Lunatic asylums Central Provinces reports 1874-1885 - 1874-1885
Year: 1874
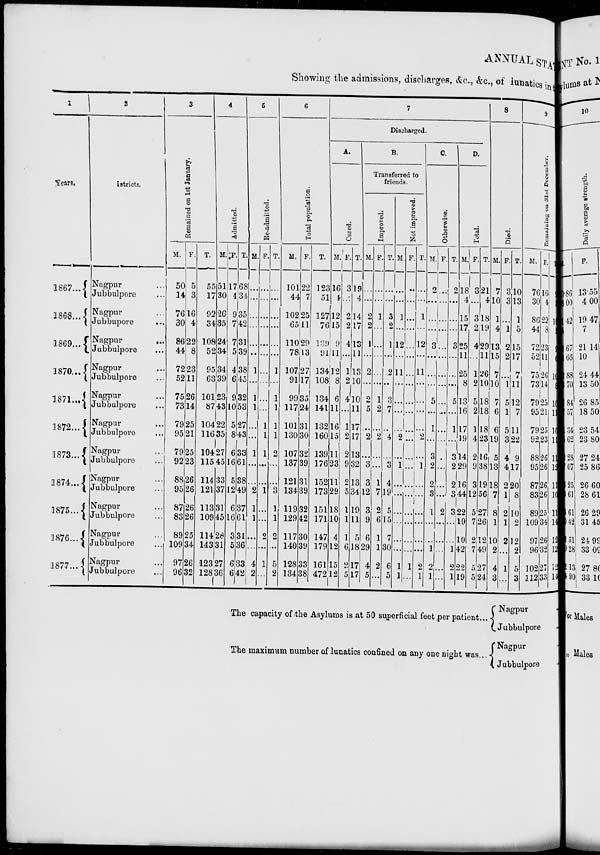
ANNUAL STA
Showing the admissions, discharges, &c., &c., of lunatics in to
1
Years.
1867 ...
1868 ...
1869 ...
1870 ...
1871 ...
1872 ...
1873 ...
1874 ...
1875 ...
1876 ...
1877 ...
2
Districts.
Nagpur ...
Jubbulpore ...
Nagpur ...
Jubbulpore
...
Nagpur
...
Jubbulpore ...
Nagpur ...
Jubbulpore ...
Nagpur ...
Jubbulpore ...
Nagpur ...
Jubbulpore ...
Nagpur ...
Jubbulpore ...
Nagpur ...
Jubbulpore ...
Nagpur ...
Jubbulpore ...
Nagpur ...
Jubbulpore ...
Nagpur ...
Jubbulpore ...
3
Remained on 1st January.
M.
50
14
76
30
86
44
72
52
75
73
79
95
79
92
88
95
87
83
89
109
97
96
F.
5
3
16
4
22
8
23
11
26
14
25
21
25
23
26
26
26
26
25
34
26
32
T.
55
17
92
34
108
52
95
63
101
87
104
116
104
115
114
121
113
109
114
142
123
128
4
Admitted.
M.
51
30
26
35
24
34
34
39
23
43
22
35
27
45
33
37
31
45
28
31
27
36
F.
17
4
9
7
7
5
4
6
9
10
5
8
6
16
5
12
6
16
3
5
6
6
T.
68
34
35
42
31
39
38
45
32
53
27
43
33
61
38
49
37
61
31
36
33
42
5
Re-admitted.
M.
...
...
...
...
...
...
1
...
1
1
...
...
1
...
...
2
1
1
...
...
4
2
F.
...
...
...
...
...
...
...
...
...
...
1
1
1
...
...
1
...
...
2
...
1
...
T.
...
...
...
...
...
...
1
...
1
1
1
1
2
...
...
3
1
1
2
...
5
2
6
Total population.
M.
101
44
102
65
110
78
107
91
99
117
101
130
107
137
121
134
119
129
117
140
128
134
F.
22
7
25
11
29
13
27
17
35
24
31
30
32
39
31
39
32
42
30
39
33
38
T.
123
51
127
76
139
91
134
108
134
141
132
160
139
176
152
172
151
171
147
179
161
472
7
Discharged.
A.
Cured.
M.
16
4
12
15
9
11
12
8
6
11
16
15
11
23
11
29
18
10
4
12
15
12
F.
3
...
2
2
4
...
1
2
4
...
1
2
2
9
2
5
1
1
1
6
2
5
T.
19
4
14
17
13
11
13
10
10
11
17
17
13
32
13
34
19
11
5
18
17
17
B.
Transferred to
friends.
Improved.
M.
...
...
2
2
1
...
2
...
2
5
...
2
...
3
3
12
3
9
6
29
4
5
F.
...
...
1
...
...
...
...
...
1
2
...
2
...
...
1
7
2
6
1
1
2
...
T.
...
...
3
2
1
...
2
...
3
7
...
4
...
3
4
19
5
15
7
30
6
5
Not improved.
M.
...
...
1
...
12
...
11
...
...
...
...
2
...
1
...
...
...
...
...
...
1
1
F.
...
...
...
...
...
...
...
...
...
...
...
...
...
...
...
...
...
...
...
...
1
...
T.
...
...
1
...
12
...
11
...
...
...
...
2
...
1
...
...
...
...
...
...
2
1
C.
Otherwise.
M.
2
...
...
...
3
...
...
...
5
...
1
...
3
2
2
3
1
...
...
1
2
1
F.
...
...
...
...
...
...
...
...
...
...
...
...
....
...
...
...
2
...
...
...
...
...
T.
2
...
...
...
3
...
...
...
5
...
1
...
3
2
2
3
3
...
...
1
2
1
D.
Total.
M.
18
4
15
17
25
11
25
8
13
16
17
19
14
29
16
44
22
19
10
42
22
19
F.
3
...
3
2
4
...
1
2
5
2
1
4
2
9
3
12
5
7
2
7
5
5
T.
21
4
18
19
29
11
26
10
18
18
18
23
16
38
19
56
27
26
12
49
27
24
8
Died.
M.
7
10
1
4
13
15
7
10
7
6
6
19
5
13
18
7
8
1
10
2
4
3
F.
3
3
...
1
2
2
...
1
5
1
5
3
4
4
2
1
2
1
2
...
1
...
T.
10
13
1
5
15
17
7
11
12
7
11
22
9
17
20
8
10
2
12
2
5
3
9
Remaining on 31st December.
M.
76
30
86
44
72
52
75
73
79
95
79
92
88
95
87
83
89
109
97
96
102
112
F.
16
4
22
8
23
12
26
14
25
21
25
23
26
26
26
26
25
34
26
32
27
33
T.
92
34
108
52
95
64
101
87
104
116
104
115
114
121
113
109
114
143
123
128
129
145
The capacity of the Asylums is at 50 superficial feet per patient ...
The maximum number of lunatics confined on any one night was ...
Nagpur
Jubbulpore
Nagpur
Jubbulpore